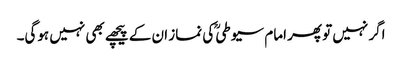
اگر نہیں تو پھر امام سیوطیؒ کی نماز ان کے پیچھے بھی نہیں ہوگی۔